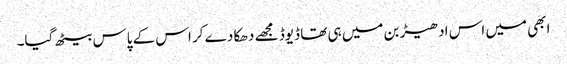
ابھی میں اس ادھیڑ بن میں ہی تھا ڈیوڈ مجھے دھکا دے کر اس کے پاس بیٹھ گیا۔